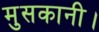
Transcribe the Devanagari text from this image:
मुसकानी।